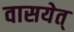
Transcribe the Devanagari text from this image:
वासयेत्